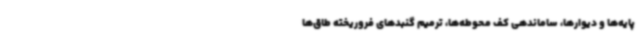
پایه‌ها و دیوارها، ساماندهی کف محوطه‌ها، ترمیم گنبدهای فروریخته طاق‌ها